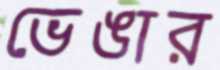
ভেঙার